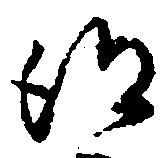
得